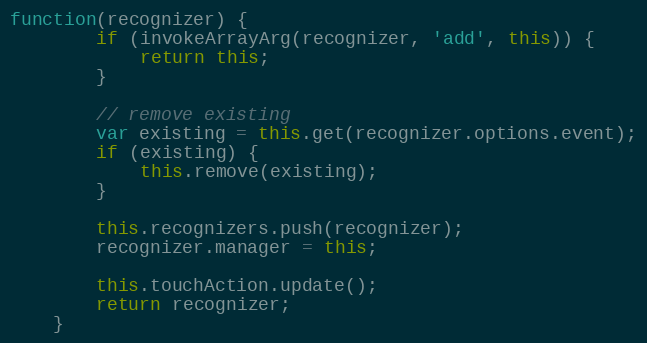
Language: JavaScript
function(recognizer) {
        if (invokeArrayArg(recognizer, 'add', this)) {
            return this;
        }

        // remove existing
        var existing = this.get(recognizer.options.event);
        if (existing) {
            this.remove(existing);
        }

        this.recognizers.push(recognizer);
        recognizer.manager = this;

        this.touchAction.update();
        return recognizer;
    }